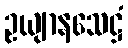
ဥယျာနသေဋ္ဌံ